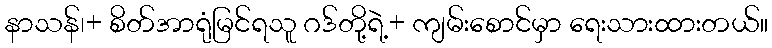
နာသန်၊+ စိတ်အာရုံမြင်ရသူ ဂဒ်တို့ရဲ့+ ကျမ်းစောင်မှာ ရေးသားထားတယ်။